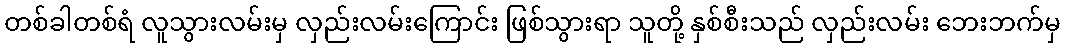
တစ်ခါတစ်ရံ လူသွားလမ်းမှ လှည်းလမ်းကြောင်း ဖြစ်သွားရာ သူတို့ နှစ်စီးသည် လှည်းလမ်း ဘေးဘက်မှ